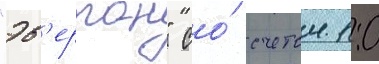
"эв'ертон" со́ счетом 1:0